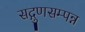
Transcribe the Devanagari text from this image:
सद्गुणसम्पन्न